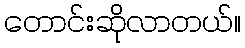
တောင်းဆိုလာတယ်။